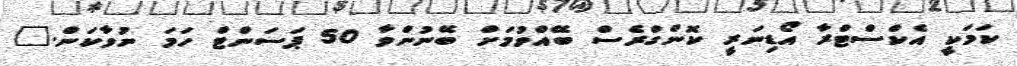
ކަމަކީ އެކްސްޓްރާ އޯޑިނަރީ ކޮންގްރެސް ބޭއްވުމަށް ބޭނުންވާ 50 ޕަސަންޓް ހަމަ ނުވާކަން."